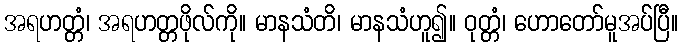
အရဟတ္တံ၊ အရဟတ္တဖိုလ်ကို။ မာနသံတိ၊ မာနသံဟူ၍။ ဝုတ္တံ၊ ဟောတော်မူအပ်ပြီ။